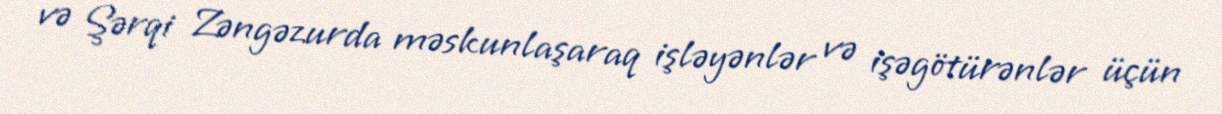
və Şərqi Zəngəzurda məskunlaşaraq işləyənlər və işəgötürənlər üçün